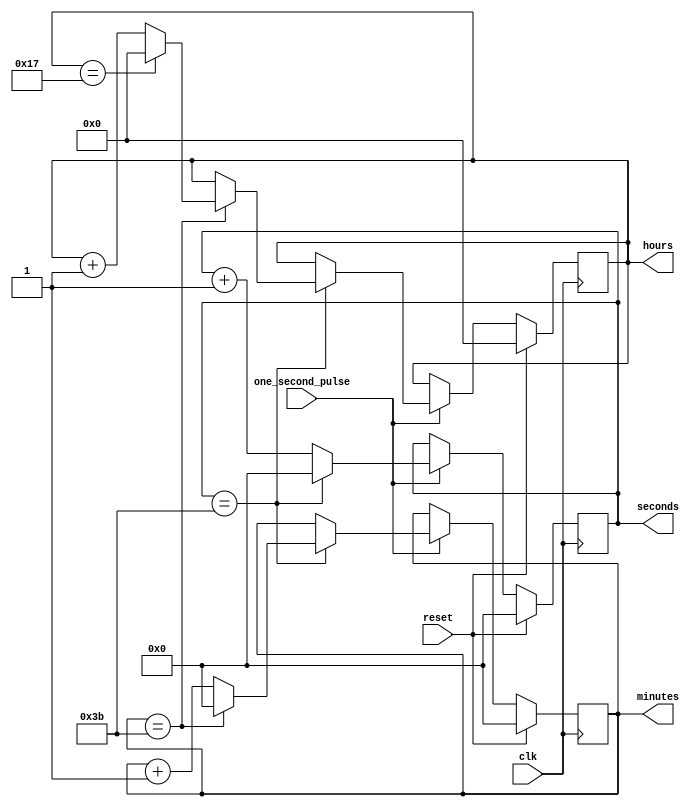
module time_counter(
    input clk, reset, one_second_pulse,
    output reg [5:0] seconds, minutes,
    output reg [4:0] hours
);
    always @(posedge clk) begin
        if (reset) begin
            seconds <= 0; minutes <= 0; hours <= 0;
        end else if (one_second_pulse) begin
            if (seconds == 59) begin
                seconds <= 0;
                if (minutes == 59) begin
                    minutes <= 0;
                    if (hours == 23) hours <= 0;
                    else hours <= hours + 1;
                end else minutes <= minutes + 1;
            end else seconds <= seconds + 1;
        end
    end
endmodule